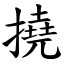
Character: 撓